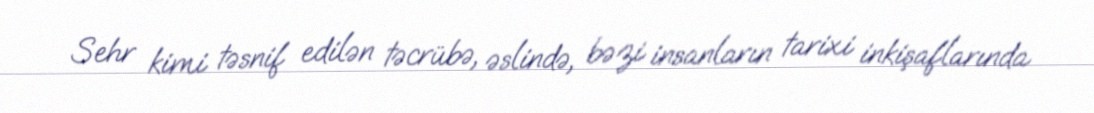
Sehr kimi təsnif edilən təcrübə, əslində, bəzi insanların tarixi inkişaflarında